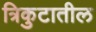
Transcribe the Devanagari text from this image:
त्रिकुटातील